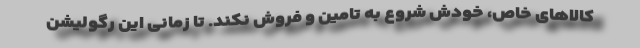
کالاهای خاص، خودش شروع به تامین و فروش نکند. تا زمانی این رگولیشن